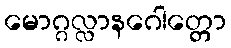
မောဂ္ဂလ္လာနဂေါတ္တော